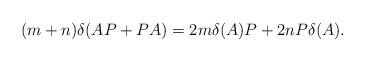
LaTeX: \begin{align*}(m+n)\delta(AP+PA)=2m\delta(A)P+2nP\delta(A). \end{align*}